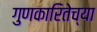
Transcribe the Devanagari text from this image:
गुणकारितेच्या